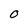
Character: O